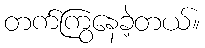
တက်ကြွနေခဲ့တယ်။